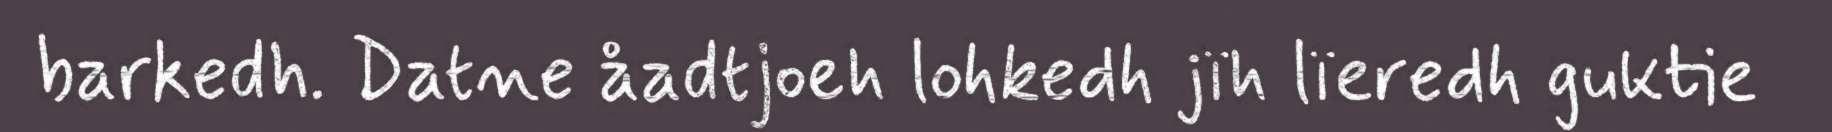
barkedh. Datne åadtjoeh lohkedh jïh lïeredh guktie